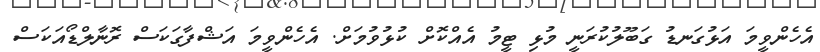
އެހެންވީމަ އަޅުގަނޑު ގަބޫލުކުރަނީ މުޅި ޓީމު އެއްކޮށް ކުޅުވުމަށް. އެހެންވީމަ އަޝްފާގަކަސް ރޮނާލްޑޯއަކަސް